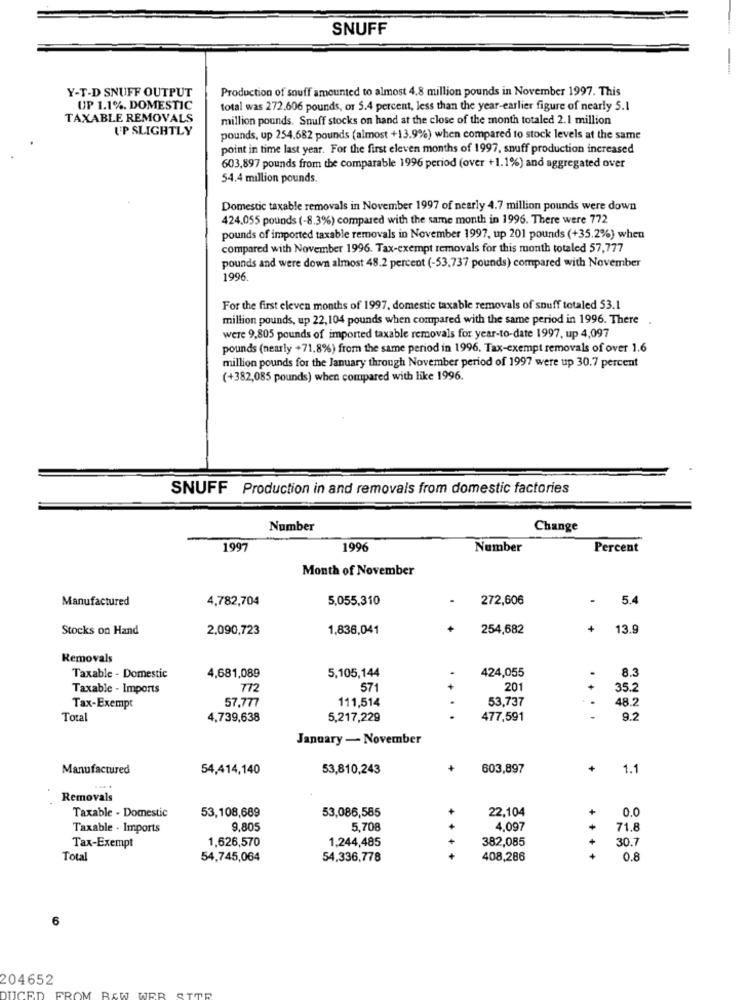
SNUFF
Y-T-D SNUFF OUTPUT
Production of souff amounted to almost 4.8 million pounds in November 1997. This
UP 1.1%. DOMESTIC
total was 272.606 pounds, or 5.4 percent, less than the year-earlier figure of nearly 5.1
TAXABLE REMOVALS
million pounds. Snuff stocks on hand at the close of the month totaled 2.1 million
UP SLIGHTLY
pounds, up 254.682 pounds (almost +13.9%) when compared to stock levels at the same
point in time last year. For the first eleven months of 1997, snuff production increased
603,897 pounds from the comparable 1996 period (over +1.1%) and aggregated over
54.4 million pounds.
Domestic taxable removals in November 1997 of nearly 4.7 million pounds were down
424.055 pounds (-8.3%) compared with the same month in 1996. There were 772
pounds of imported taxable removals in November 1997, up 201 pounds (+35.2%) when
compared with November 1996. Tax-exempt removals for this month totaled 57,777
pounds and were down almost 48.2 percent (-53,737 pounds) compared with November
1996
For the first eleven months of 1997, domestic taxable removals of snuff totaled 53.1
million pounds, up 22,104 pounds when compared with the same period in 1996. There
were 9,805 pounds of imported taxable removals for year-to-date 1997, up 4,097
pounds (nearly +71.8%) from the same period in 1996. Tax-exempt removals of over 1.6
million pounds for the January through November period of 1997 were up 30.7 percent
(+382,085 pounds) when compared with like 1996.
SNUFF Production in and removals from domestic factories
Number
Change
1997
1996
Number
Percent
Month of November
Manufactured
4,782,704
5,055,310
.
272,606
-
5.4
Stocks on Hand
2,090,723
1,836,041
+
254,682
+
13.9
Removals
5,105,144
424,055
8.3
Taxable - Domestic
4,681,089
Taxable - Imports
772
571
201
35.2
57,777
111,514
53,737
48.2
Tax-Exempt
Total
4,739,638
5,217,229
477,591
9.2
January - November
Manufactured
54,414,140
53,810,243
603,897
+
1.1
Removals
22,104
+
0.0
Taxable - Domestic
53,108,689
53,086,585
Taxable - Imports
9,805
5,708
4.097
71.8
1.626,570
1,244,485
382,085
30.7
Tax-Exempt
Total
54,745,064
54,336,778
408,286
0.8
6
204652
OM RAW WEB SITE
DUCED